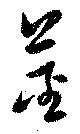
莖